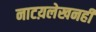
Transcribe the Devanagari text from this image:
नाटय़लेखनही